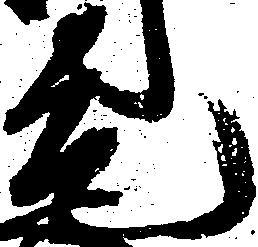
元